Civil Veterinary Department. United Provinces 1932-42 - 1932-1942
Year: 1932
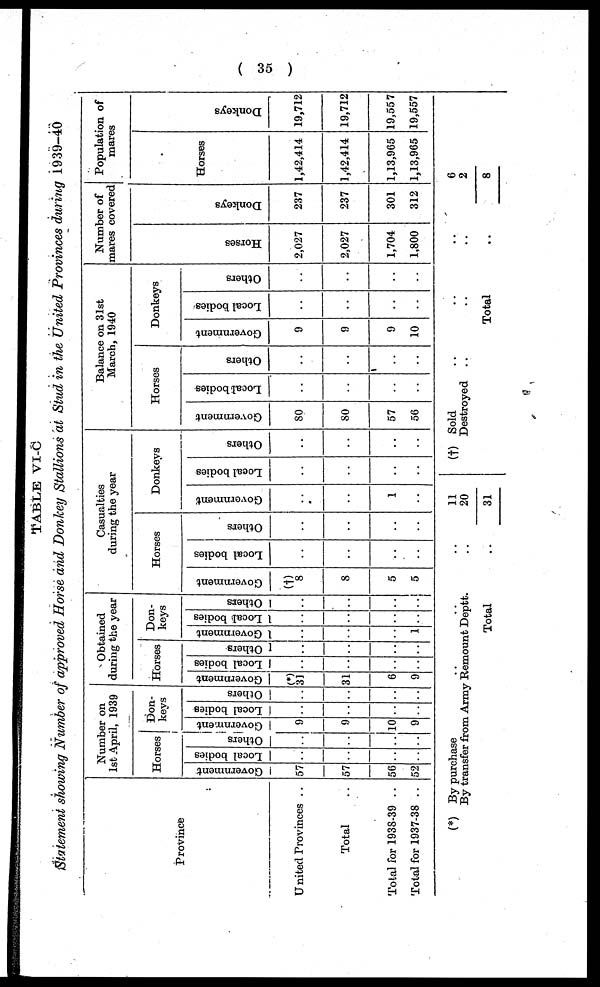
( 35 )
TABLE VI-C
Statement showing Number of approved Horse and Donkey Stallions at Stud in the United Provinces during 1939-40
Province
United Provinces ..
Total ..
Total for 1938-39 ..
Total for 1937-38 ..
Number on
1st April, 1939
Horses
Government
57
57
56
52
Local bodies
..
..
..
..
Others
..
..
..
..
Don-
keys
Government
9
..
10
9
Local bodies
..
..
..
..
Others
..
..
..
..
Obtained
during the year
Horses
Government
(*)
31
31
6
9
Local bodies
..
..
..
..
Others
..
..
..
..
Don-
keys
Government
..
..
..
1
Local bodies
..
..
..
..
Others
..
..
..
..
Casualties
during the year
Horses
Government
(†
8
..
5
5
Local bodies
..
..
..
..
Others
..
..
..
..
Donkeys
Government
..
..
1
..
Local bodies
..
..
..
..
Others
..
..
..
..
Balance on 31st
March, 1940
Horses
Government
80
80
57
56
Local bodies
..
..
..
..
Others
..
..
..
..
Donkeys
Government
9
9
9
10
Local bodies
..
..
..
..
Others
..
..
..
..
Number of
mares covered
Horses
2,027
2,027
1,704
1,800
Donkeys
237
237
301
312
Population of
mares
Horses
1,42,414
1,42,414
1,13,965
1,13,965
Donke ys
19,712
19,712
19,557
19,557
(*) By purchase .. .. ..
By transfer from Army Remount Deptt. ..
Total ..
11
20
31
(†) Sold .. .. ..
Destroyed .. .. ..
Total ..
6
2
8